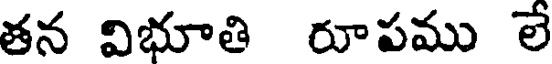
తన విభూతి రూపము లే